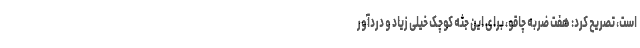
است، تصریح کرد: هفت ضربه چاقو، برای این جثه کوچک خیلی زیاد و دردآور